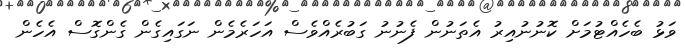
ވަޅު ބެހެއްޓުމަށް ކޮނުނުއިރު އެތަނުން ފެނުނު ގަބުރެއްވެސް އަހަރެމެން ނަގައިގެން ގެންގޮސް އެހެން